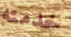
خدمته